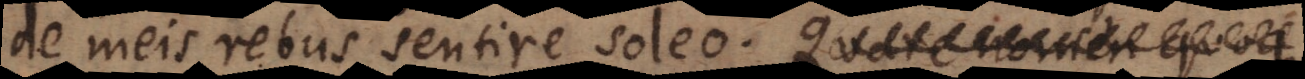
de meis rebus sentire soleo, praesertim